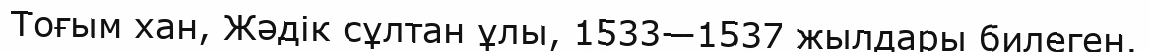
Тоғым хан, Жәдік сұлтан ұлы, 1533—1537 жылдары билеген.